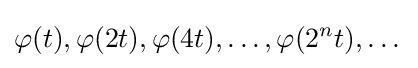
\varphi (t),\varphi (2t),\varphi (4t),\dots ,\varphi (2^{n}t),\dots